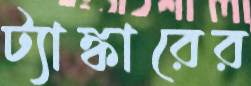
ট্যাঙ্কারের